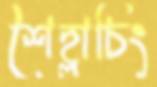
শৈহ্লাচিং